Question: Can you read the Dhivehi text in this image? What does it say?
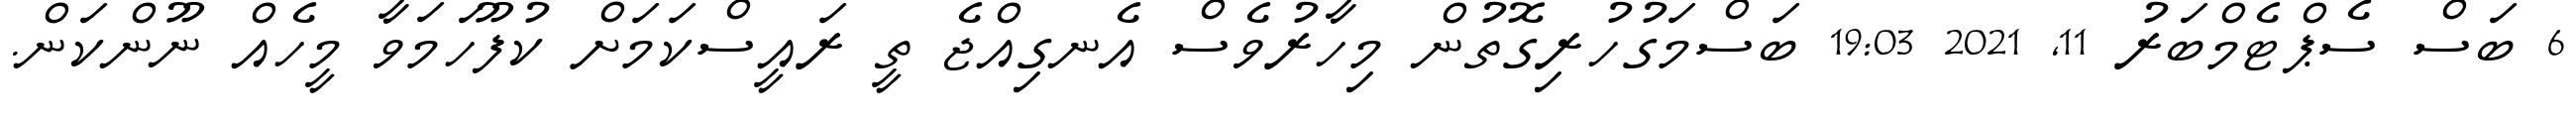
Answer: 6 ބަސް ސެޕްޓެމްބަރު 11, 2021 19:03 ބަސްމަގުހުރިގޮތުން މިހާރުވެސް އެނގިއްޖެ ތީ ރައީސްކަމަށް ކުފޫހަމަވާ މީހެއް ނޫންކަން.